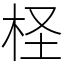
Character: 柽